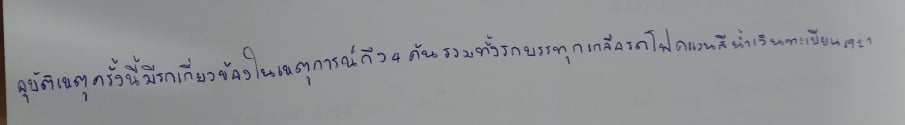
อุบัติเหตุครั้งนี้มีรถเกี่ยวข้องในเหตุการณ์ถึง4คันรวมทั้งรถบรรทุกเกลือรถโฟคแวนสีน้ำเงินทะเบียนอร6921